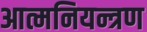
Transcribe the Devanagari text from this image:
आत्मनियन्त्रण